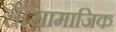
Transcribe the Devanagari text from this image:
हैं।सामाजिक